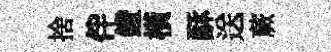
捨伴鐙橫酥送蕨